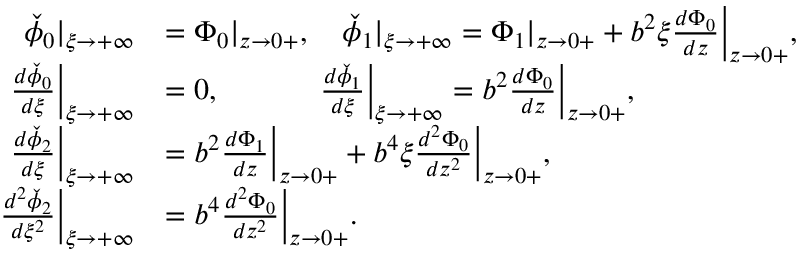
\begin{array} { r l } { \check { \phi } _ { 0 } | _ { \xi \to + \infty } } & { = { \Phi } _ { 0 } | _ { z \to 0 + } , \quad \check { \phi } _ { 1 } | _ { \xi \to + \infty } = { \Phi } _ { 1 } | _ { z \to 0 + } + b ^ { 2 } \xi \frac { d { \Phi } _ { 0 } } { d z } \Big | _ { z \to 0 + } , } \\ { \frac { d \check { \phi } _ { 0 } } { d \xi } \Big | _ { \xi \to + \infty } } & { = 0 , \quad \quad \quad \; \frac { d \check { \phi } _ { 1 } } { d \xi } \Big | _ { \xi \to + \infty } = b ^ { 2 } \frac { d { \Phi } _ { 0 } } { d z } \Big | _ { z \to 0 + } , } \\ { \frac { d \check { \phi } _ { 2 } } { d \xi } \Big | _ { \xi \to + \infty } } & { = b ^ { 2 } \frac { d { \Phi } _ { 1 } } { d z } \Big | _ { z \to 0 + } + b ^ { 4 } \xi \frac { d ^ { 2 } { \Phi } _ { 0 } } { d z ^ { 2 } } \Big | _ { z \to 0 + } , } \\ { \frac { d ^ { 2 } \check { \phi } _ { 2 } } { d \xi ^ { 2 } } \Big | _ { \xi \to + \infty } } & { = b ^ { 4 } \frac { d ^ { 2 } { \Phi } _ { 0 } } { d z ^ { 2 } } \Big | _ { z \to 0 + } . } \end{array}